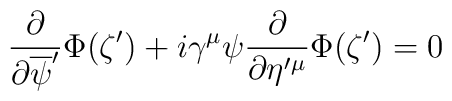
\frac{\partial }{\partial \overline{\psi}'}\Phi(\zeta')+i\gamma^{\mu}\psi\frac{\partial }{\partial \eta'{}^{\mu}}\Phi(\zeta')=0